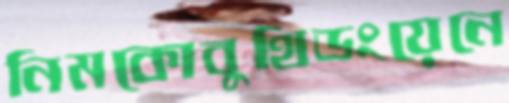
নিমকোবুথিডংয়েনে